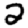
Digit: 2